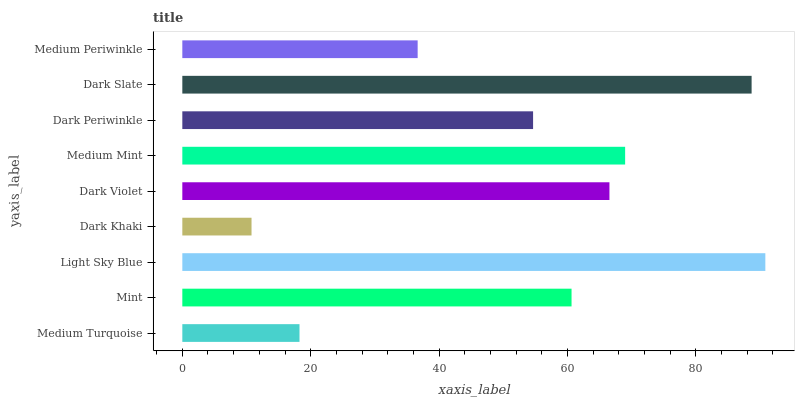
| yaxis_label | bars |
 | --- | --- |
 | Medium Turquoise | 18.3 |
 | Mint | 60.6 |
 | Light Sky Blue | 90.8 |
 | Dark Khaki | 10.8 |
 | Dark Violet | 66.6 |
 | Medium Mint | 69 |
 | Dark Periwinkle | 54.7 |
 | Dark Slate | 88.7 |
 | Medium Periwinkle | 36.7 |